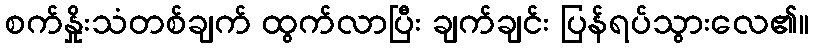
စက်နှိုးသံတစ်ချက် ထွက်လာပြီး ချက်ချင်း ပြန်ရပ်သွားလေ၏။